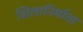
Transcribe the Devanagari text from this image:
शिलानिर्माता